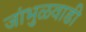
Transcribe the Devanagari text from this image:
जांभुळवाडी